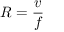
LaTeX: R = { \frac { v } { f } }